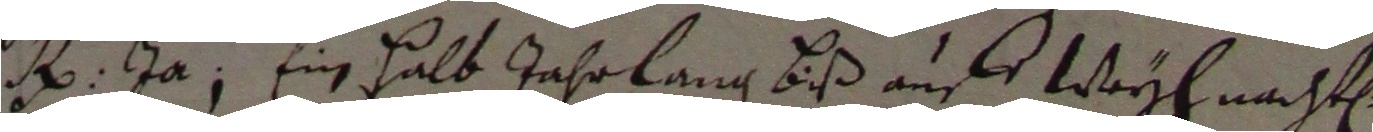
h ja ein halb jahr lang biß aufs weyhnachten